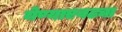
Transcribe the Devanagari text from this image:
येण्याएवढ्या